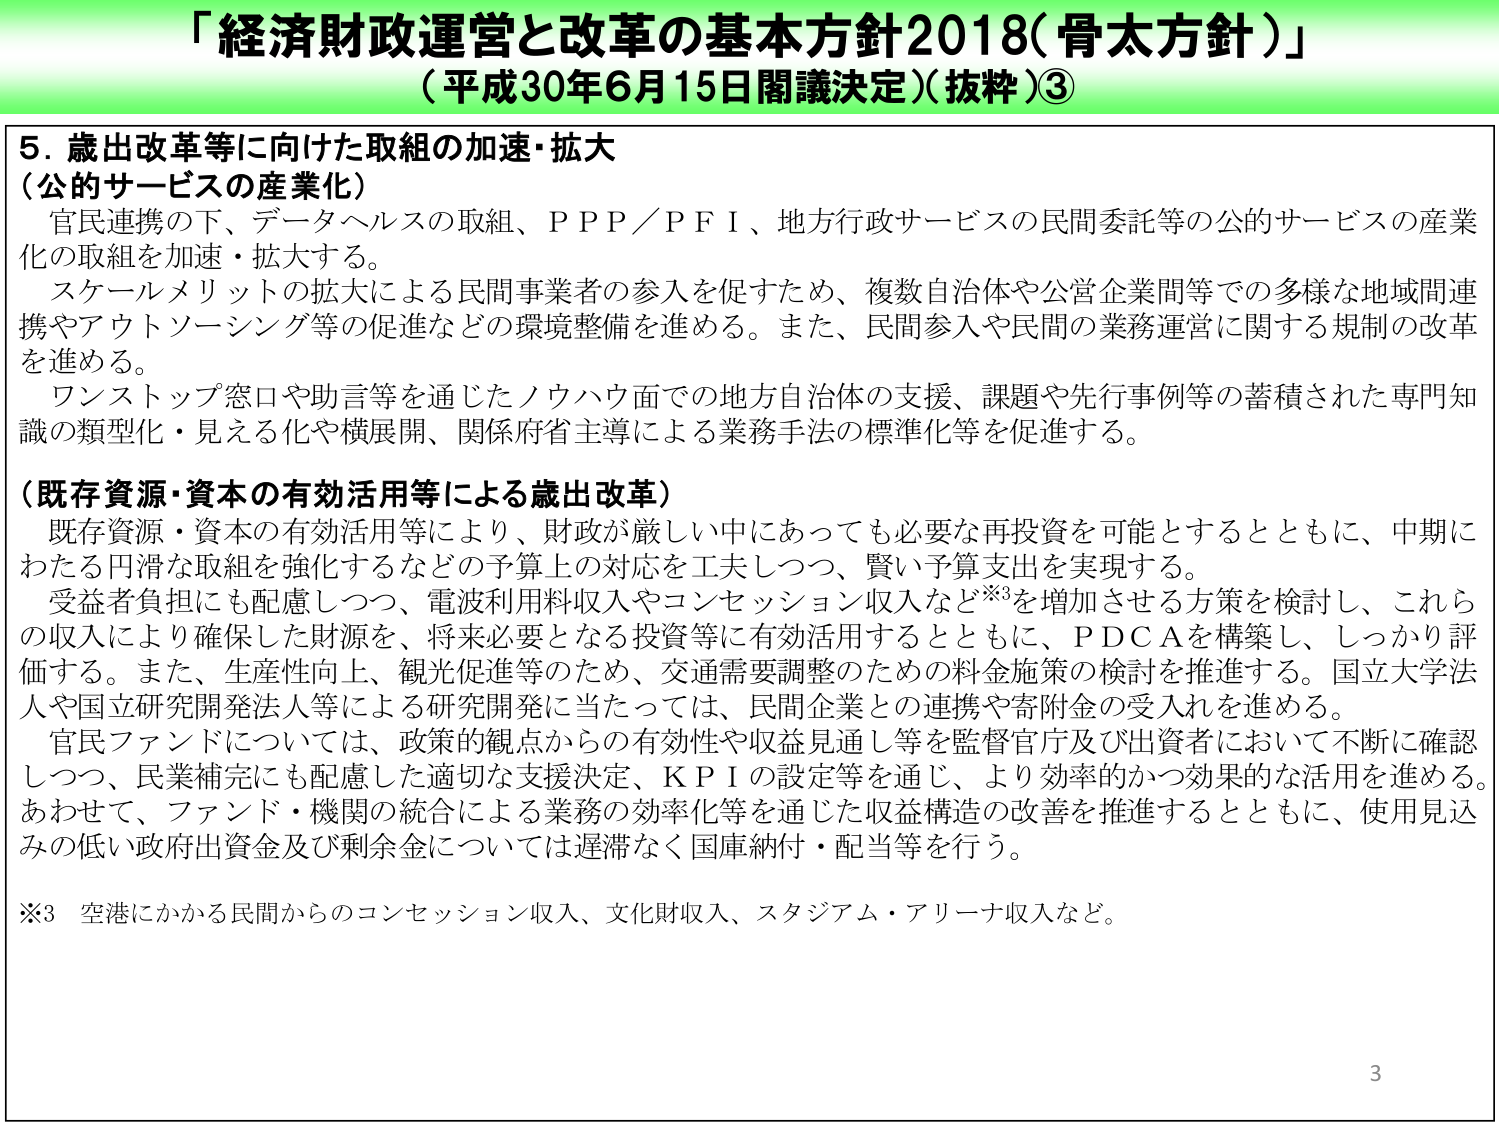
「経済財政運営と改革の基本方針2018（骨太方針）」
（平成30年6月15日閣議決定）（抜粋）③

5．歳出改革等に向けた取組の加速・拡大
（公的サービスの産業化）
官民連携の下、データヘルスの取組、ＰＰＰ／ＰＦＩ、地方行政サービスの民間委託等の公的サービスの産業化の取組を加速・拡大する。
スケールメリットの拡大による民間事業者の参入を促すため、複数自治体や公営企業間等での多様な地域間連携やアウトソーシング等の促進などの環境整備を進める。また、民間参入や民間の業務運営に関する規制の改革を進める。
ワンストップ窓口や助言等を通じたノウハウ面での地方自治体の支援、課題や先行事例等の蓄積された専門知識の類型化・見える化や横展開、関係府省主導による業務手法の標準化等を促進する。

（既存資源・資本の有効活用等による歳出改革）
既存資源・資本の有効活用等により、財政が厳しい中であっても必要な再投資を可能とするとともに、中期にわたる円滑な取組を強化するなどの予算上の対応を工夫しつつ、賢い予算支出を実現する。
受益者負担にも配慮しつつ、電波利用料収入やコンセッション収入など※3を増加させる方策を検討し、これらの収入により確保した財源を、将来必要となる投資等に有効活用するとともに、ＰＤＣＡを構築し、しっかり評価する。また、生産性向上、観光促進等のため、交通需要調整のための料金施策の検討を推進する。国立大学法人や国立研究開発法人等による研究開発に当たっては、民間企業との連携や寄附金の受入れを進める。
官民ファンドについては、政策的観点からの有効性や収益見通し等を監督官庁及び出資者において不断に確認しつつ、民業補完にも配慮した適切な支援決定、ＫＰＩの設定等を通じ、より効率的かつ効果的な活用を進める。あわせて、ファンド・機関の統合による業務の効率化等を通じた収益構造の改善を推進するとともに、使用見込みの低い政府出資金及び剰余金については遅滞なく国庫納付・配当等を行う。

※3 空港にかかる民間からのコンセッション収入、文化財収入、スタジアム・アリーナ収入など。

3